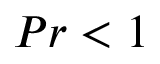
P r < 1